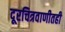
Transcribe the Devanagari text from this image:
दूरचित्रवाणीतही